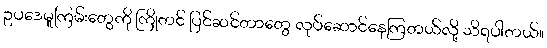
ဥပဒေမူကြမ်းတွေကို ကြိုတင် ပြင်ဆင်တာတွေ လုပ်ဆောင်နေကြတယ်လို့ သိရပါတယ်။